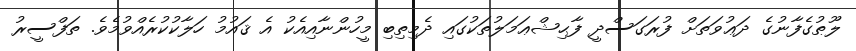
ލޫޠުގެފާނުގެ ދަޢުވަތަށް ފުރަގަސްދީ ފާޙިޝްޢަމަލުތަކުގައި ދެމިތިބި މީހުންނާއިއެކު އެ ޤައުމު ހަލާކުކުރެއްވުމެވެ. ތަފްސީރު